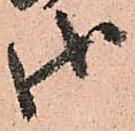
御